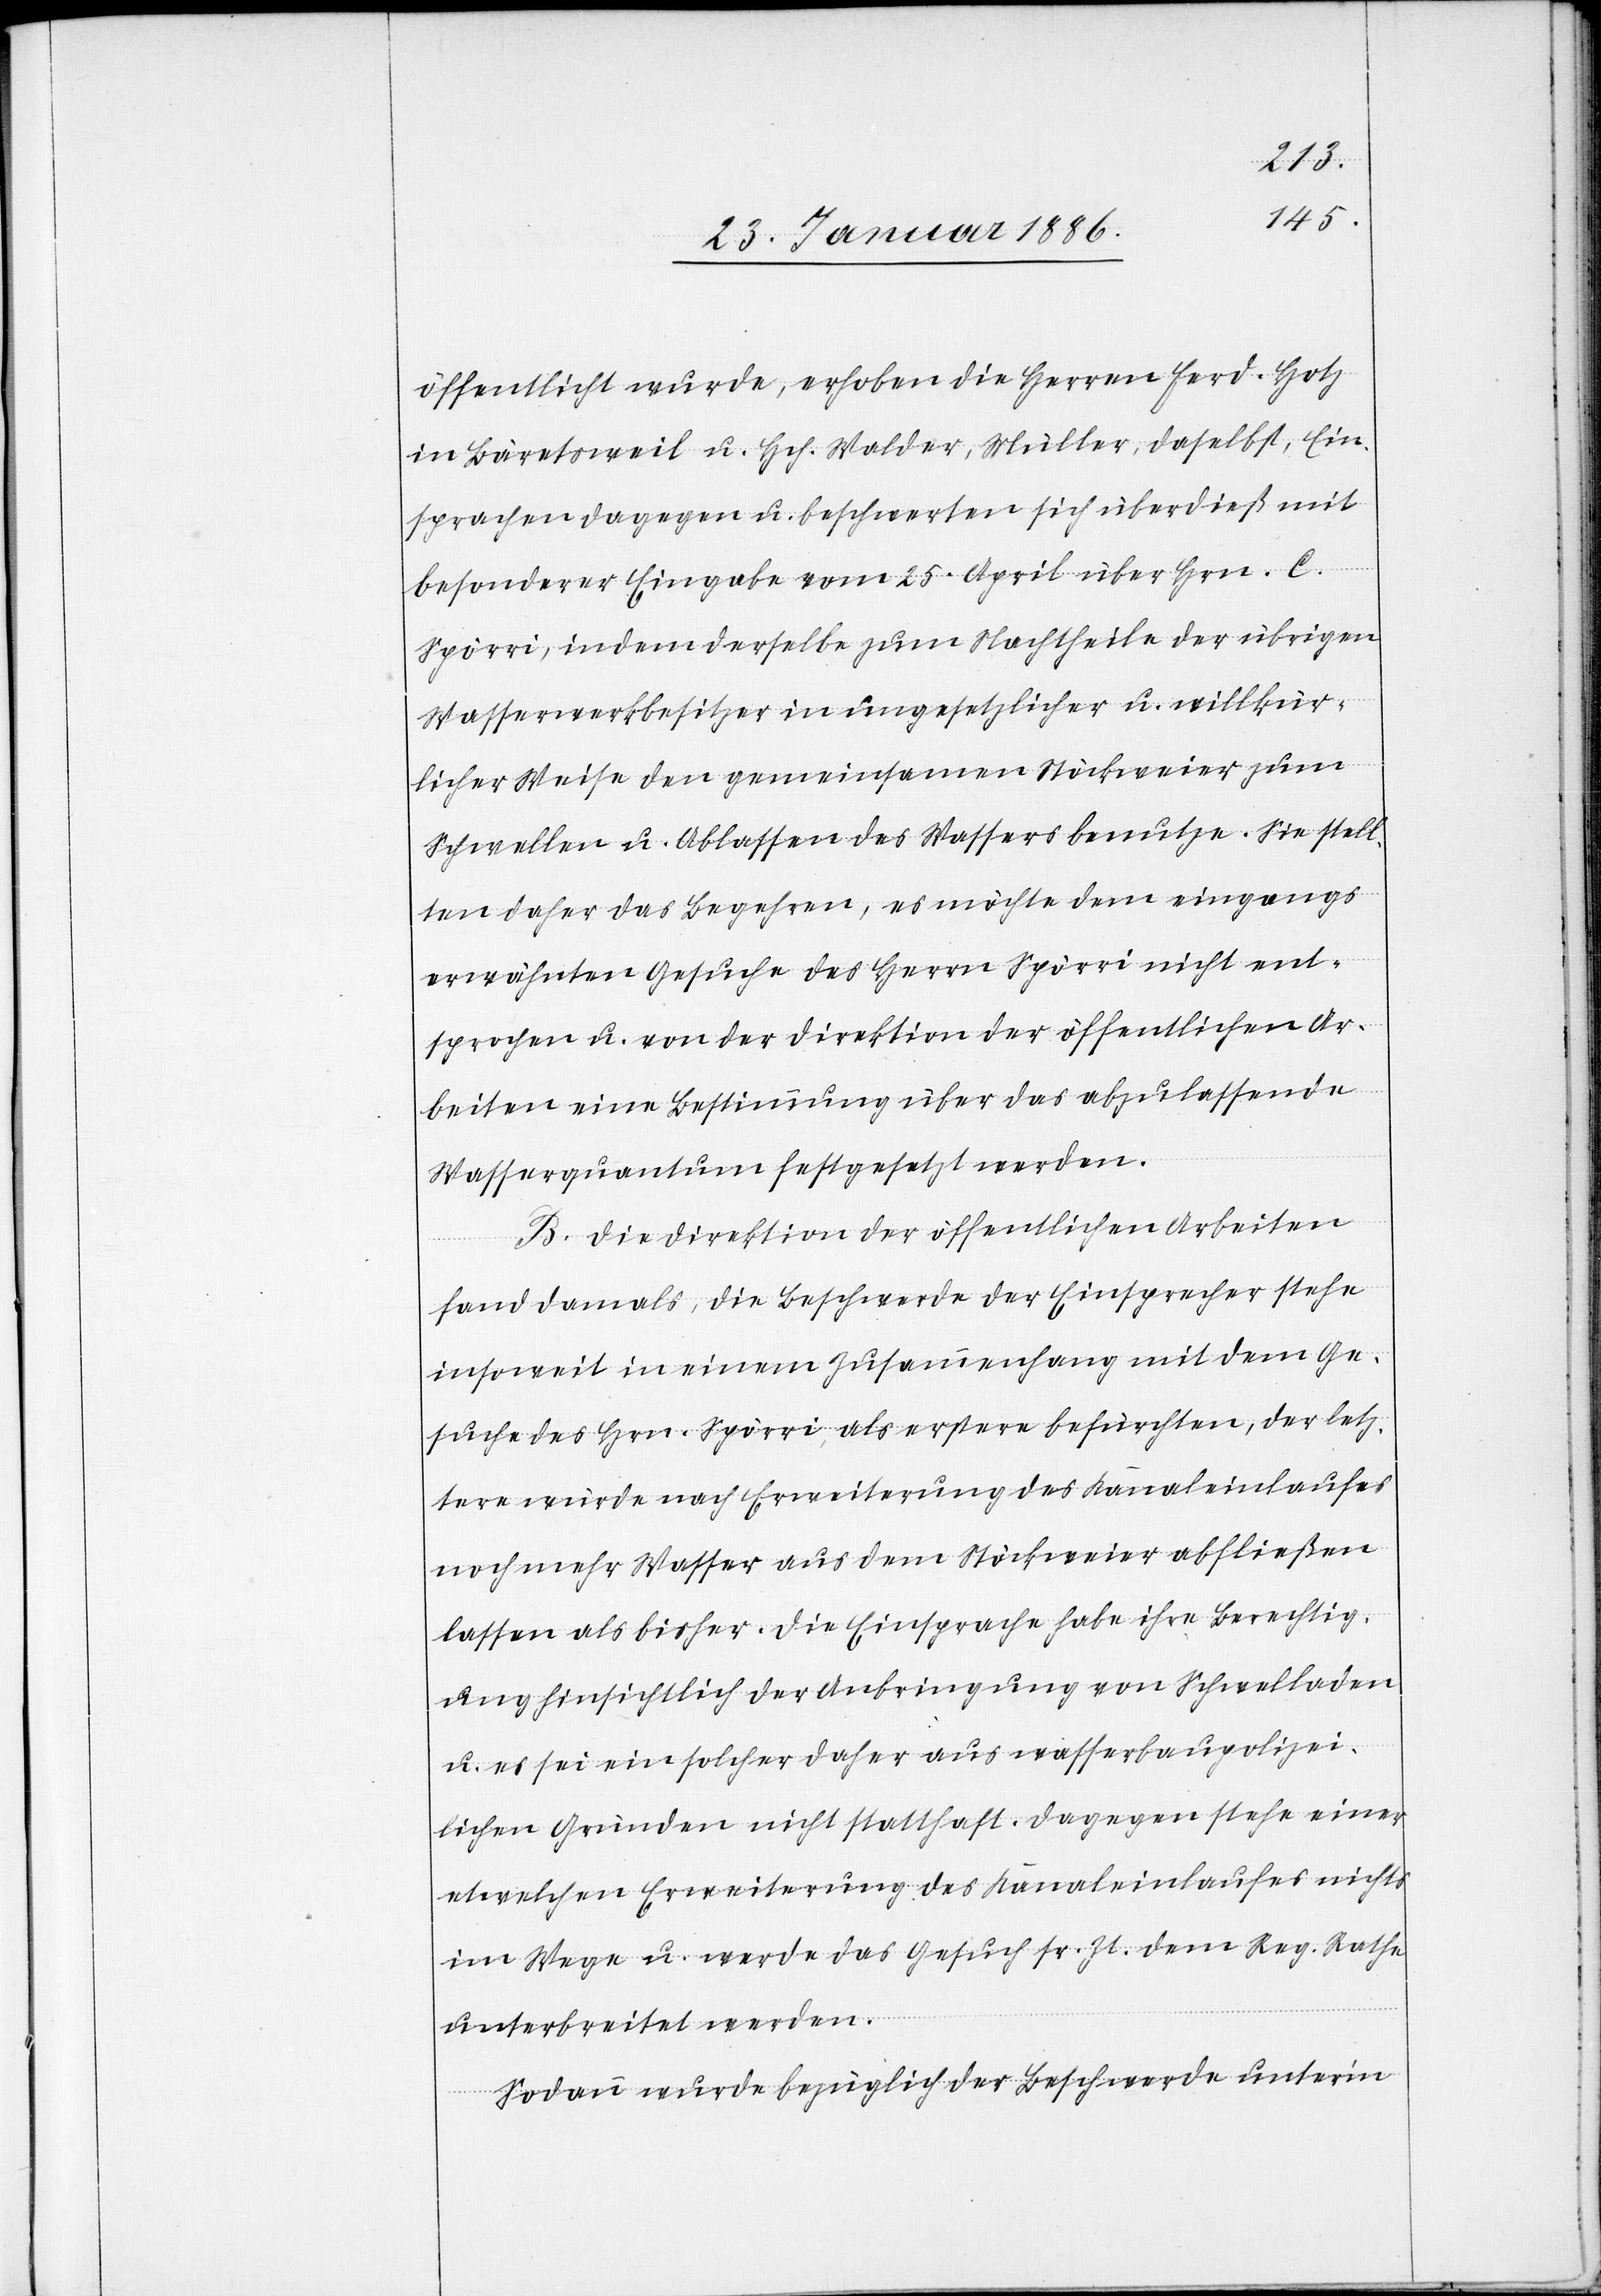
öffentlicht wurde, erhoben die Herren Ferd. Hotz
in Bäretsweil u. Hch. Walder, Müller, daselbst, Ein¬
sprachen dagegen u. beschwerten sich überdieß mit
besonderer Eingabe vom 25. April über Hrn. C.
Spörri, indem derselbe zum Nachtheile der übrigen
Wasserwerkbesitzer in ungesetzlicher u. willkür¬
licher Weise den gemeinsamen Stöckweier zum
Schwellen u. Ablassen des Wassers benutze. Sie stell¬
en daher das Begehren, es möchte dem eingangs
erwähnten Gesuche des Herrn Spörri nicht ent¬
sprochen u. von der Direktion der öffentlichen Ar¬
beiten eine Bestimmung über das abzulassende
Wasserquantum festgesetzt werden.
B. Die Direktion der öffentlichen Arbeiten
fand damals, die Beschwerde der Einsprecher stehe
insoweit in einem Zusammenhang mit dem Ge¬
suche des Hrn. Spörri, als erstere befürchten, der letz¬
tere würde nach Erweiterung des Kanaleinlaufes
noch mehr Wasser aus dem Stöckweier abfließen
lassen als bisher. Die Einsprache habe ihre Berechtig¬
ung hinsichtlich der Anbringung von Schwelladen
u. es sei ein solcher daher aus wasserbaupolizei¬
lichen Gründen nicht statthaft. Dagegen stehe einer
etwelchen Erweiterung des Kanaleinlaufes nichts
im Wege u. werde das Gesuch sr. Zt. dem Reg. Rathe
unterbreitet werden.
Sodann wurde bezüglich der Beschwerde unterm